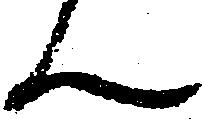
ん